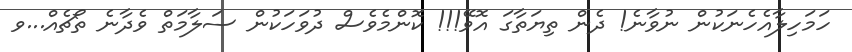
ހަމަހިލާއެހެނަކުން ނުވާނެ! ދެން ތިޔަތާގަ އޮވޭ!!! ކޮންމެވެސް ދުވަހަކުން ސަލާމަތް ވެދާނެ ތޯޗެއް...ވ